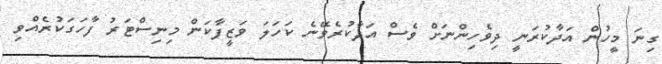
ގިނަ މީހުން އަދާކުރަނީ ދިވެހިންނަށް ވެސް އަދާކުރެވޭނެ ކަހަލަ ވަޒީފާކަން މިނިސްޓަރު ފާހަގަކުރެއްވި